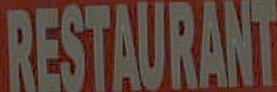
RESTAURANT